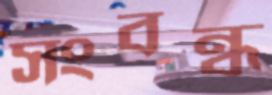
সংবন্ধ